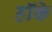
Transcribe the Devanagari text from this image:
हॉके